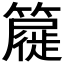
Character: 𮆧